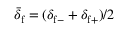
\bar { \delta } _ { \mathrm { f } } = ( \delta _ { \mathrm { f } - } + \delta _ { \mathrm { f } + } ) / 2